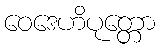
ဝေဒေဟိပုတ္တော